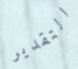
التقدير